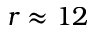
r \approx 1 2